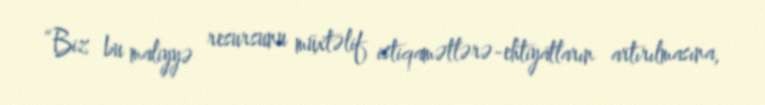
“Biz bu maliyyə resursunu müxtəlif istiqamətlərə-ehtiyatların artırılmasına,